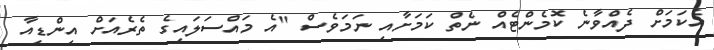
އެކަމަށް ދެއްވާނެ ކޮމެންޓެއް ނެތް ކަމަށާއި ނަމަވެސް "އެ މައްސަލައިގެ ތެރެއަށް އިންޑިއާ